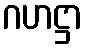
ဂဟဋ္ဌာ